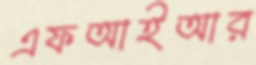
এফআইআর